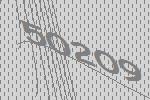
50209